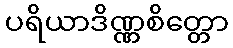
ပရိယာဒိဏ္ဏစိတ္တော